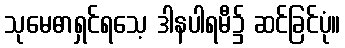
သုမေဓာရှင်ရသေ့ ဒါနပါရမီ၌ ဆင်ခြင်ပုံ။